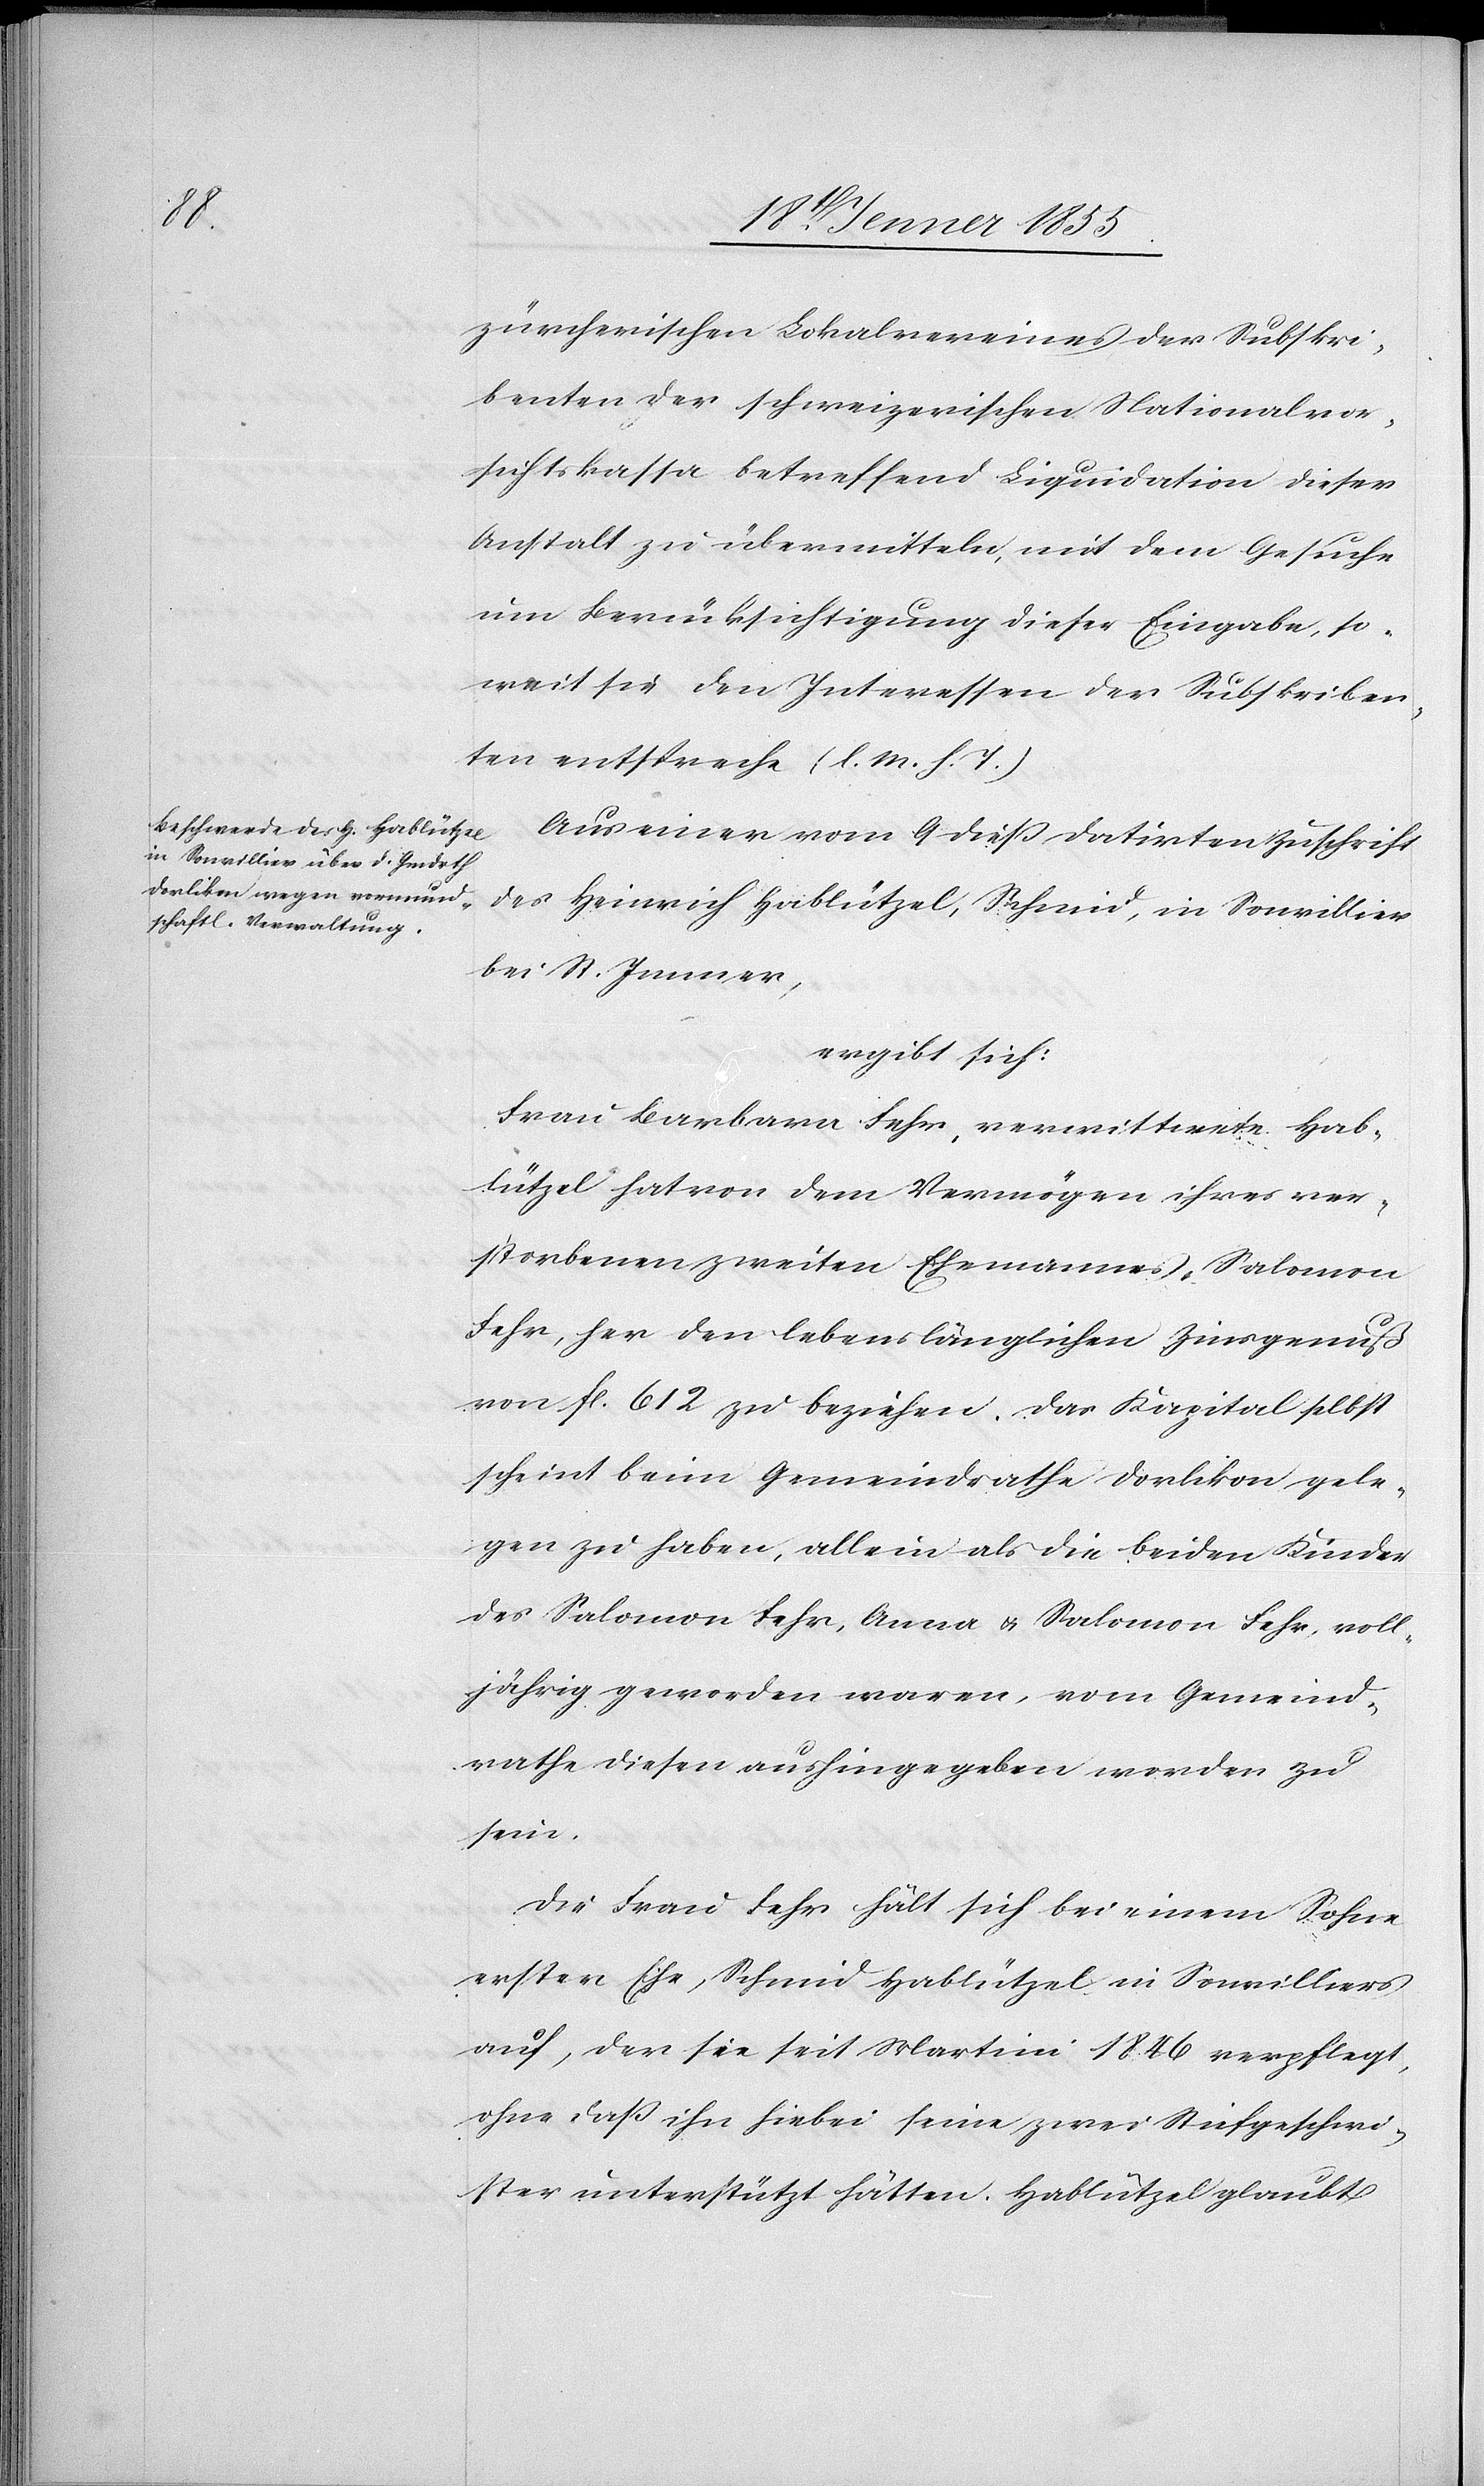
zürcherischen Lokalvereines der Subskri¬
benten der schweizerischen Nationalvor¬
sichtskassa betreffend Liquidation dieser
Anstalt zu übermitteln, mit dem Gesuche
um Berücksichtigung dieser Eingabe, so¬
weit sie den Interessen der Subskriben¬
ten entspreche (l. M. h. T.)
Aus einer vom 9 dieß datirten Zuschrift
des Heinrich Hablützel, Schmid, in Sonvillier
bei St. Immer,
ergibt sich:
Frau Barbara Fehr, verwittwete Hab¬
lützel hat von dem Vermögen ihres ver¬
storbenen zweiten Ehemannes, Salomon
Fehr, her den lebenslänglichen Zinsgenuß
von fl. 612 zu beziehen. Das Kapital selbst
scheint beim Gemeindrathe Dorlikon gele¬
gen zu haben, allein als die beiden Kinder
des Salomon Fehr, Anna & Salomon Fehr, voll¬
jährig geworden waren, vom Gemeind¬
rathe diesen aushingegeben worden zu
sein.
Die Frau Fehr hält sich bei einem Sohne
erster Ehe, Schmid Hablützel in Sonvilliers
auf, der sie seit Martini 1846 verpflegt,
ohne daß ihn hiebei seine zwei Stiefgeschwi¬
ster unterstützt hätten. Hablützel glaubt